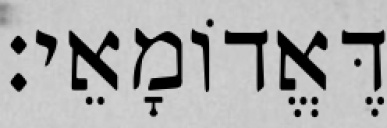
דֶּאֱדוֹמָאֵי׃